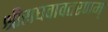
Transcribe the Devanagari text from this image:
श्रीराघवावतरणम्